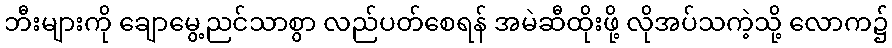
ဘီးများကို ချောမွေ့ညင်သာစွာ လည်ပတ်စေရန် အမဲဆီထိုးဖို့ လိုအပ်သကဲ့သို့ လောက၌